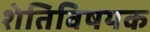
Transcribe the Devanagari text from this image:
शेतिविषयक